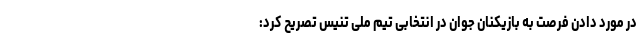
در مورد دادن فرصت به بازیکنان جوان در انتخابی تیم ملی تنیس تصریح کرد: